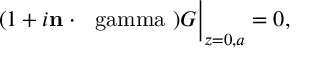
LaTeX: ( 1 + i { \bf n } \cdot \mathrm { \boldmath { ~ \ g a m m a ~ } } ) G \bigg | _ { z = 0 , a } = 0 ,